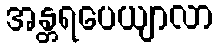
အန္တရပေယျာလာ